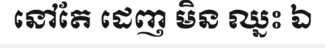
នៅតែ ដេញ មិន ឈ្នះ ឯ